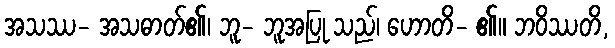
အသဿ- အသဓာတ်၏၊ ဘူ- ဘူအပြု သည်၊ ဟောတိ- ၏။ ဘဝိဿတိ,